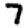
Digit: 7